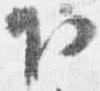
下